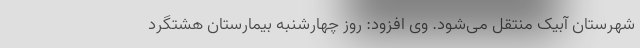
شهرستان آبیک منتقل می‌شود. وی افزود: روز چهارشنبه بیمارستان هشتگرد